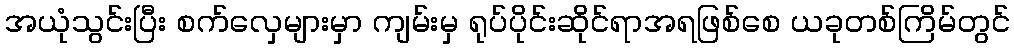
အယုံသွင်းပြီး စက်လှေများမှာ ကျမ်းမှ ရုပ်ပိုင်းဆိုင်ရာအရဖြစ်စေ ယခုတစ်ကြိမ်တွင်